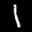
Label: 1